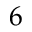
6